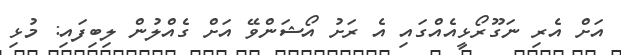
އަށް އެރި ނަގޫރޯޅީއެއްގައި އެ ރަށު އޯޝަންވޭ އަށް ގެއްލުން ލިބިފައި: މުޅި